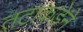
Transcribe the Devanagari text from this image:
तटाकडेने